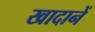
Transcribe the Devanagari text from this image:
खादानें